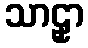
သာဠှာ